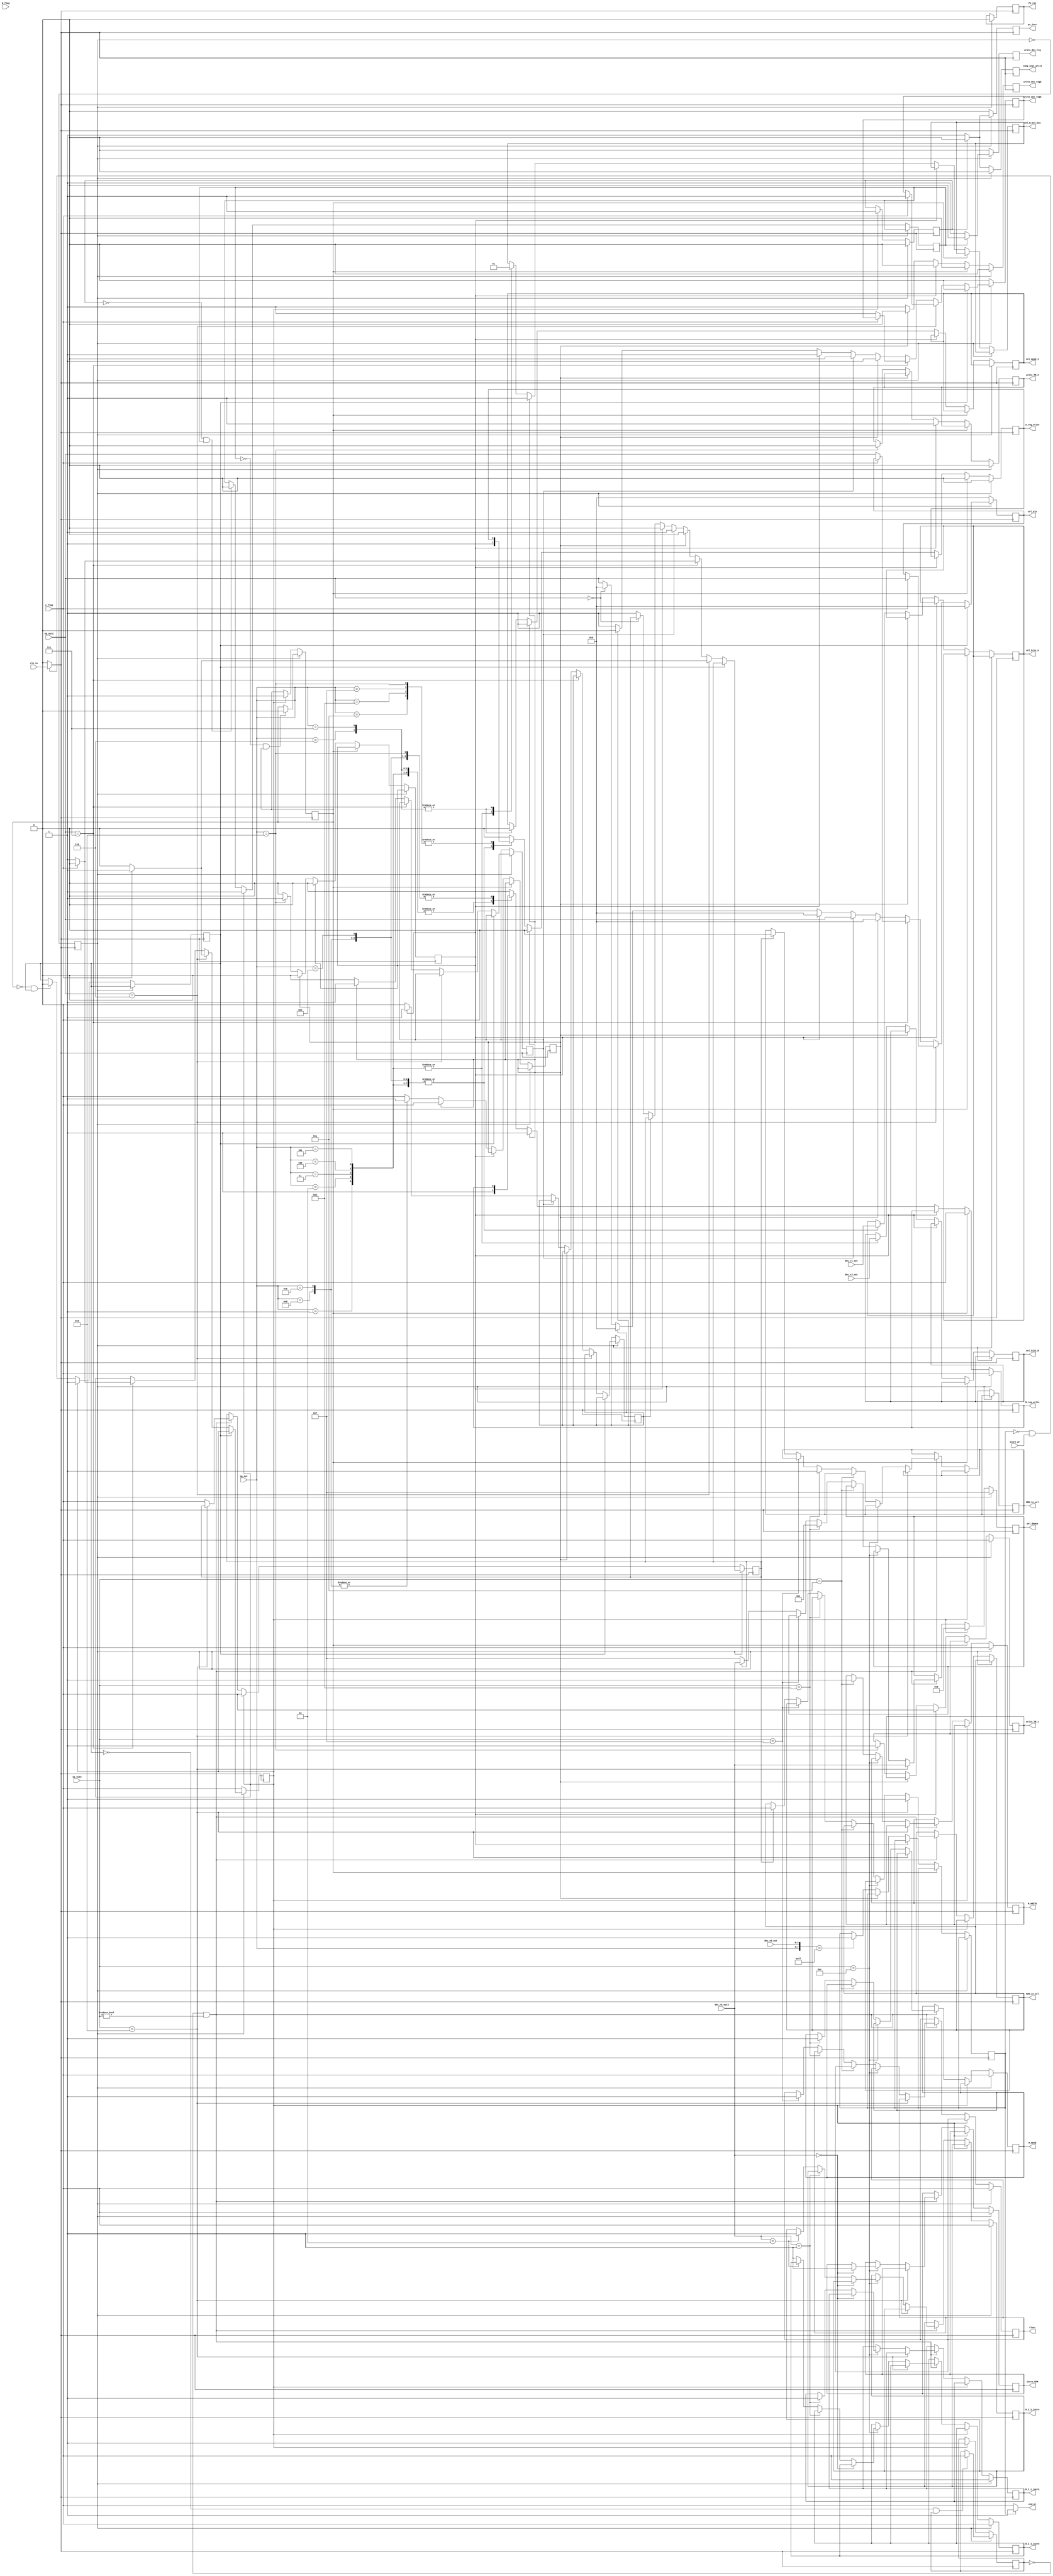
module state_machine(start_pr,end_pr,dec_r0_out,dec_r1_out,dec_r2_out,MDR_in_sel,write_TR_1,write_TR_2,M_READ,M_WRITE,dec_r0_out3,op_out,op_out2,op_out3,clk_in,N_flag,z_flag,clear,pc_incr,PC_rst,R_I_1_incre,R_I_2_incre,R_I_3_incre,sel_bits_A,sel_bits_B,sel_alu,A_reg_write,B_reg_write,long_inst_write,write_dec_reg,write_dec_reg2,write_dec_reg3,sel_mux6_2,sel_B_bus_mux,sel_demux,MAR_in_sel,incre_MAR);

	input clk_in,N_flag,z_flag,start_pr;
	input [3:0] dec_r0_out,dec_r1_out,dec_r2_out,op_out,op_out2,op_out3,dec_r0_out3;
	output end_pr,incre_MAR,MAR_in_sel,MDR_in_sel,write_TR_1,write_TR_2,M_WRITE,M_READ,clear,pc_incr,PC_rst,R_I_1_incre,R_I_2_incre,R_I_3_incre,A_reg_write,B_reg_write,long_inst_write,write_dec_reg,write_dec_reg2,write_dec_reg3,sel_mux6_2,sel_B_bus_mux;
	output [3:0] sel_bits_A,sel_bits_B,sel_demux,sel_alu;
	
	reg long_inst=1'b0,long_inst_2=1'b0,mem_access_inst=1'b0,mem_access_inst2=1'b0,stop_com=1'b0;	
	reg incre_MAR=1'b0,MAR_in_sel=1'b0,halt=1'b0,halt_PC=1'b0,halt_DECODE=1'b0,halt_IR_read=1'b0,halt_ALU=1'b0,halt_WRITEBACK=1'b0;
	reg MDR_in_sel=1'b0,write_back=1'b0,write_TR_1=1'b0,write_TR_2=1'b0,M_READ=1'b0,M_WRITE=1'b0,clear=1'b0,pc_incr=1'b0,PC_rst=1'b0,R_I_1_incre=1'b0,R_I_2_incre=1'b0,R_I_3_incre=1'b0,A_reg_write=1'b0,B_reg_write=1'b0,long_inst_write=1'b0,write_dec_reg=1'b0,write_dec_reg2=1'b0,write_dec_reg3=1'b0,sel_mux6_2=1'b0,sel_B_bus_mux=1'b0,stop_clk=1'b0;
	reg [3:0] sel_bits_A,sel_bits_B,sel_demux,sel_alu;
	
	parameter NOP=4'd0,ADD=4'd1,SUB=4'd2,XOR=4'd3,MUL=4'd4,DIV=4'd5,JUMPZ=4'd6,JUMPNZ=4'd7,SUBI=4'd8,ADDI=4'd9,WRITE=4'd10,READ=4'd11,INCR_R=4'd12,MARMEM=4'd13,MOV=4'd14,CLAC=4'd15,STOP=8'd255; // Instructions
	
	
	wire clk;
	assign end_pr=(stop_com==1'b0)? 1'b0:1'b1;
	assign clk = (stop_com==1'b0 && start_pr==1'b1)? clk_in:stop_clk;
	reg neg_edge=1'b0;
	
	always @(posedge clk)
		begin
			neg_edge<=~neg_edge; // Generated signal
		end
		
	always @(negedge clk )
		begin
		if(neg_edge == 1'b1)
			begin//NEGATIVE
				//PC->
					long_inst_write=1'b0;
					if(halt_PC==1'b0 )
						begin
							pc_incr<=1'b1;
							halt_PC<=halt_PC;
						end
					else
						begin
							halt_PC<=1'b0;
							pc_incr<=1'b0;
						end
					//<-PC
					//<-DECODE
					if(halt_DECODE==1'b0 && halt_IR_read==1'b1)
						begin
							halt_IR_read<=1'b0;
						end
					else
						begin
							halt_IR_read<=halt_IR_read;
						end
					if(halt_DECODE==1'b0 )
						begin
							write_dec_reg<=1'b1;
						end
					else 
						begin
							write_dec_reg<=1'b0;
						end
				//<-DECODE
				
				//<-IR READ
					write_TR_1<=1'b0;
					write_TR_2<=1'b0;
					write_dec_reg2<=1'b0;
					A_reg_write<=1'b0;
					B_reg_write<=1'b0;
				//<-IR READ
				
				//<-ALU
					if(halt_ALU==1'b0 && halt_WRITEBACK==1'b1)
						begin
							halt_WRITEBACK<=1'b0;
						end
					if(halt_ALU==1'b0)// && op_out2 !=NOP)
						
						begin	
							if (op_out2 ==JUMPZ )//z==1 goto x
								begin
									if(z_flag==1'b1)
										begin
											write_dec_reg3<=1'b1;
											sel_alu<=op_out2;
											halt<=1'b1;
											write_back<=1'b1;
										end
									else
										begin
											write_back<=1'b0;
											halt<=1'b0;
										end
								end
							else if (op_out2==JUMPNZ )//z==1 goto x
								begin
									if(z_flag==1'b0)
										begin
											write_dec_reg3<=1'b1;
											sel_alu<=op_out2;
											halt<=1'b1;
											write_back<=1'b1;
										end
									else
										begin
											write_back<=1'b0;
											halt<=1'b0;
										end
								end
							else if(long_inst==1'b1)
								begin
									long_inst_2<=1'b1;
									write_back<=1'b0;
									write_dec_reg3<=1'b1;
									sel_alu<=NOP;
								end
							else if(long_inst_2==1'b1)
								begin
									long_inst_2<=1'b0;
									write_back<=1'b1;
									write_dec_reg3<=1'b0;
									sel_alu<=op_out2;
								end
							else if(mem_access_inst==1'b1)
								begin
									write_back<=1'b0;
									write_dec_reg3<=1'b1;
									mem_access_inst2<=1'b1;
									sel_alu<=NOP;
								end
							else if(mem_access_inst2==1'b1)
								begin
									write_dec_reg3<=1'b0;
									mem_access_inst2<=1'b0;
									sel_alu<=NOP;
								end
							else if(op_out2 ==NOP)
								begin
									write_dec_reg3<=1'b1;
									sel_alu<=NOP;
								end
							else
								begin
									write_back<=1'b1;
									write_dec_reg3<=1'b1;
									sel_alu<=op_out2;
								end
						end
					else
						begin	
							write_dec_reg3<=1'b0;
							sel_alu<=NOP;			
						end
				//<-ALU
				
				//<-WRITE BACK
					clear<=1'b0;
					PC_rst<=1'b0;
					M_READ<=1'b0;
					M_WRITE<=1'b0;
					sel_demux <= 4'b1111;
					R_I_1_incre<=1'b0;
					R_I_2_incre<=1'b0;
					R_I_3_incre<=1'b0;
					incre_MAR<=1'b0;
				//<-WRITE BACK
			end
		else//POSITVE
			begin
			//<- PC
				pc_incr<=1'b0;
				if(halt_PC==1'b0 && halt_DECODE==1'b1)
					begin
						halt_DECODE<=1'b0;
					end
				if(halt_PC==1'b0 )
					begin
						long_inst_write<=1'b1;
					end
				else 
					begin
						long_inst_write<=1'b0;
					end
			//<-PC
			
			//<-DECODE
				write_dec_reg<=1'b0;
				
			//<-DECODE
			
			//<-IR READ
				if(halt_IR_read==1'b0 && halt_ALU==1'b1)
					begin
						halt_ALU<=1'b0;
					end
				if(halt_IR_read==1'b0 )
				
					begin	
						if (mem_access_inst==1'b1)
							begin 				
								write_TR_1<=1'b0;
								write_TR_2<=1'b1;			
								mem_access_inst<=1'b0;
								write_dec_reg2<=1'b0;
							end
									
						else if (long_inst==1'b1)
							begin 
								A_reg_write<=1'b0;
								B_reg_write<=1'b1;
								sel_B_bus_mux<=1'b1;
								sel_mux6_2<=1'b1;
								long_inst<=1'b0;
								write_dec_reg2<=1'b0;
							end
						else
							begin
								if({op_out,dec_r0_out}==STOP)
									begin
										stop_com<='b1;
									end
								else
									begin
										stop_com<=stop_com;
									end
								write_dec_reg2<=1'b1;	
						case (op_out)	
							ADD:
								begin
									long_inst<=1'b0;
									sel_bits_A<=dec_r1_out;
									sel_bits_B<=dec_r2_out; 
									A_reg_write<=1'b1;
									B_reg_write<=1'b1;
									sel_B_bus_mux<=1'b0;
								end
							SUB:
								begin
									long_inst<=1'b0;
									sel_bits_A<=dec_r1_out;
									sel_bits_B<=dec_r2_out; 
									A_reg_write<=1'b1;
									B_reg_write<=1'b1;
									sel_B_bus_mux<=1'b0;
								end
							XOR:
								begin 
									long_inst<=1'b0;
									sel_bits_A<=dec_r1_out;
									sel_bits_B<=dec_r2_out; 
									A_reg_write<=1'b1;
									B_reg_write<=1'b1;
									sel_B_bus_mux<=1'b0;
								end
							MUL:
								begin
									long_inst<=1'b0;
									sel_bits_A<=dec_r1_out;
									sel_bits_B<=dec_r2_out; 
									A_reg_write<=1'b1;
									B_reg_write<=1'b1;
									sel_B_bus_mux<=1'b0;
								end
							DIV:
								begin
									long_inst<=1'b0;
									sel_bits_A<=dec_r1_out;
									sel_bits_B<=dec_r2_out; 
									A_reg_write<=1'b1;
									B_reg_write<=1'b1;
									sel_B_bus_mux<=1'b0;
								end
							JUMPZ:
								begin
									long_inst<=1'b0;
									A_reg_write<=1'b0;
									B_reg_write<=1'b1;
									sel_B_bus_mux<=1'b1;
									sel_mux6_2<=1'b0;
								end
							JUMPNZ:
								begin
									long_inst<=1'b0;
									A_reg_write<=1'b0;
									B_reg_write<=1'b1;
									sel_B_bus_mux<=1'b1;
									sel_mux6_2<=1'b0;
								end
							SUBI:
								begin
									sel_bits_A<=dec_r1_out;
									A_reg_write<=1'b1;
									long_inst<=1'b1;
								end
							ADDI:
								begin
									sel_bits_A<=dec_r1_out;
									A_reg_write<=1'b1;
									long_inst<=1'b1;
								end
							MOV:
								begin
									long_inst<=1'b0;
									sel_bits_A<=dec_r1_out;
									A_reg_write<=1'b1;
								end
							WRITE:begin		
										
									end
							
							READ: begin
										
									end
							MARMEM:
								begin
									write_TR_1<=1'b1;
									write_TR_2<=1'b0;
									mem_access_inst<=1'b1;
								end
							CLAC: begin
								
									end
							default:
								begin	 
									A_reg_write<=1'b0;
									B_reg_write<=1'b0;
								end
							endcase		
						end
					end
				else 
					begin
						write_dec_reg2<=1'b0;
						A_reg_write<=1'b0;
						B_reg_write<=1'b0;
					end
			//IR READ
			
			//<-ALU
				write_dec_reg3<=1'b0;
				sel_alu<=NOP;
			//<-ALU
			
			//<-WRITE BACK
				if (halt ==1'b1)
					begin
						write_back<=1'b1;
						halt<=1'b0;
						halt_PC<=1'b1;
						halt_ALU<=1'b1;
						halt_DECODE<=1'b1;
						halt_IR_read<=1'b1;
						halt_WRITEBACK<=1'b1;
						sel_demux <= 4'd2;
						write_back<=1'b0;
					end
				else if (halt_WRITEBACK ==1'b0 && op_out3 !=NOP)
					begin
						if(op_out3==MARMEM)
							begin
								sel_demux <= dec_r0_out3;
								MAR_in_sel<=1'b1;
							end
						else if(op_out3==INCR_R)
							begin
							write_back<=1'b0;
							if (dec_r0_out3==4'd0)
								begin 
									incre_MAR<=1'b1;			
								end
							else if (dec_r0_out3==4'd1)
								begin 
									R_I_1_incre<=1'b1;		
								end
							else if (dec_r0_out3==4'd2)
								begin 
									R_I_2_incre<=1'b1;			
								end
							else
								begin 
									R_I_3_incre<=1'b1;
												
								end
							end
						else if(op_out3==WRITE)
							begin
								write_back<=1'b0;
								M_WRITE<=1'b1;
							end
						else if(op_out3==READ)
							begin
								sel_demux <= 4'd1;
								write_back<=1'b0;
								M_READ<=1'b1;
								MDR_in_sel<=1'b1;
							end
						else if(op_out3==CLAC)
							begin
								write_back<=1'b0;
								clear<=1'b1;
								//PC_rst<=1'b1;
							end
						else if(write_back == 1'b1)
							begin
								sel_demux <= dec_r0_out3;
								MDR_in_sel<=1'b0;
								MAR_in_sel<=1'b0;
								write_back<=1'b0;
								
							end
						else
							begin	
								sel_demux <= 4'b1111;
							end
					end
			//<-WRITE BACK
			end
		
		end
	
endmodule